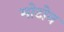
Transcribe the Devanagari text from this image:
मोटोन